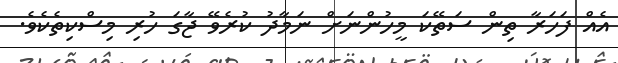
އެއް ފަހަރާ ތިން ސަތޭކަ މީހުންނަށް ނަމާދު ކުރެވޭ ޖާގަ ހުރި މިސްކިތެކެވެ.